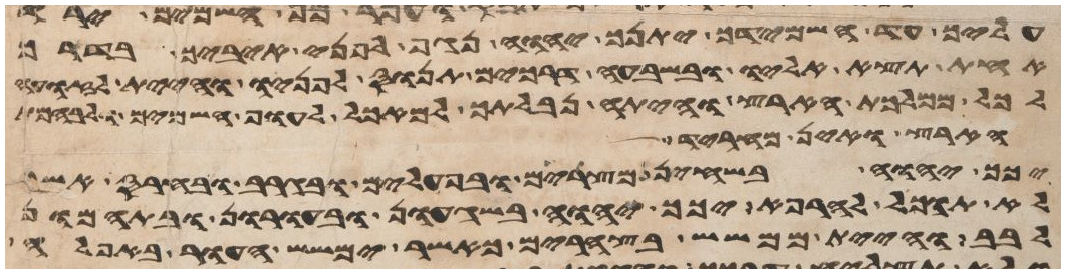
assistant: עליך עד השמידך יתנך יהוה נגף לפני איביך בדרך
אחת תצא אליו ובשבעה דרכים תנוס לפניו והיית לזועה
לכל ממלכת הארץ והיתה נבלתך למאכל לעוף השמים ולבהמת
הארץ ואין מחריד
יכך יהוה בשחין מצרים ובעפלים ובגרב ובחרס אשר
לא תוכל להרפא יכך יהוה בשגעון ובעורון ובתמהון
לבב והיית ממשש בצהרים כאשר ימשש העור באפלה